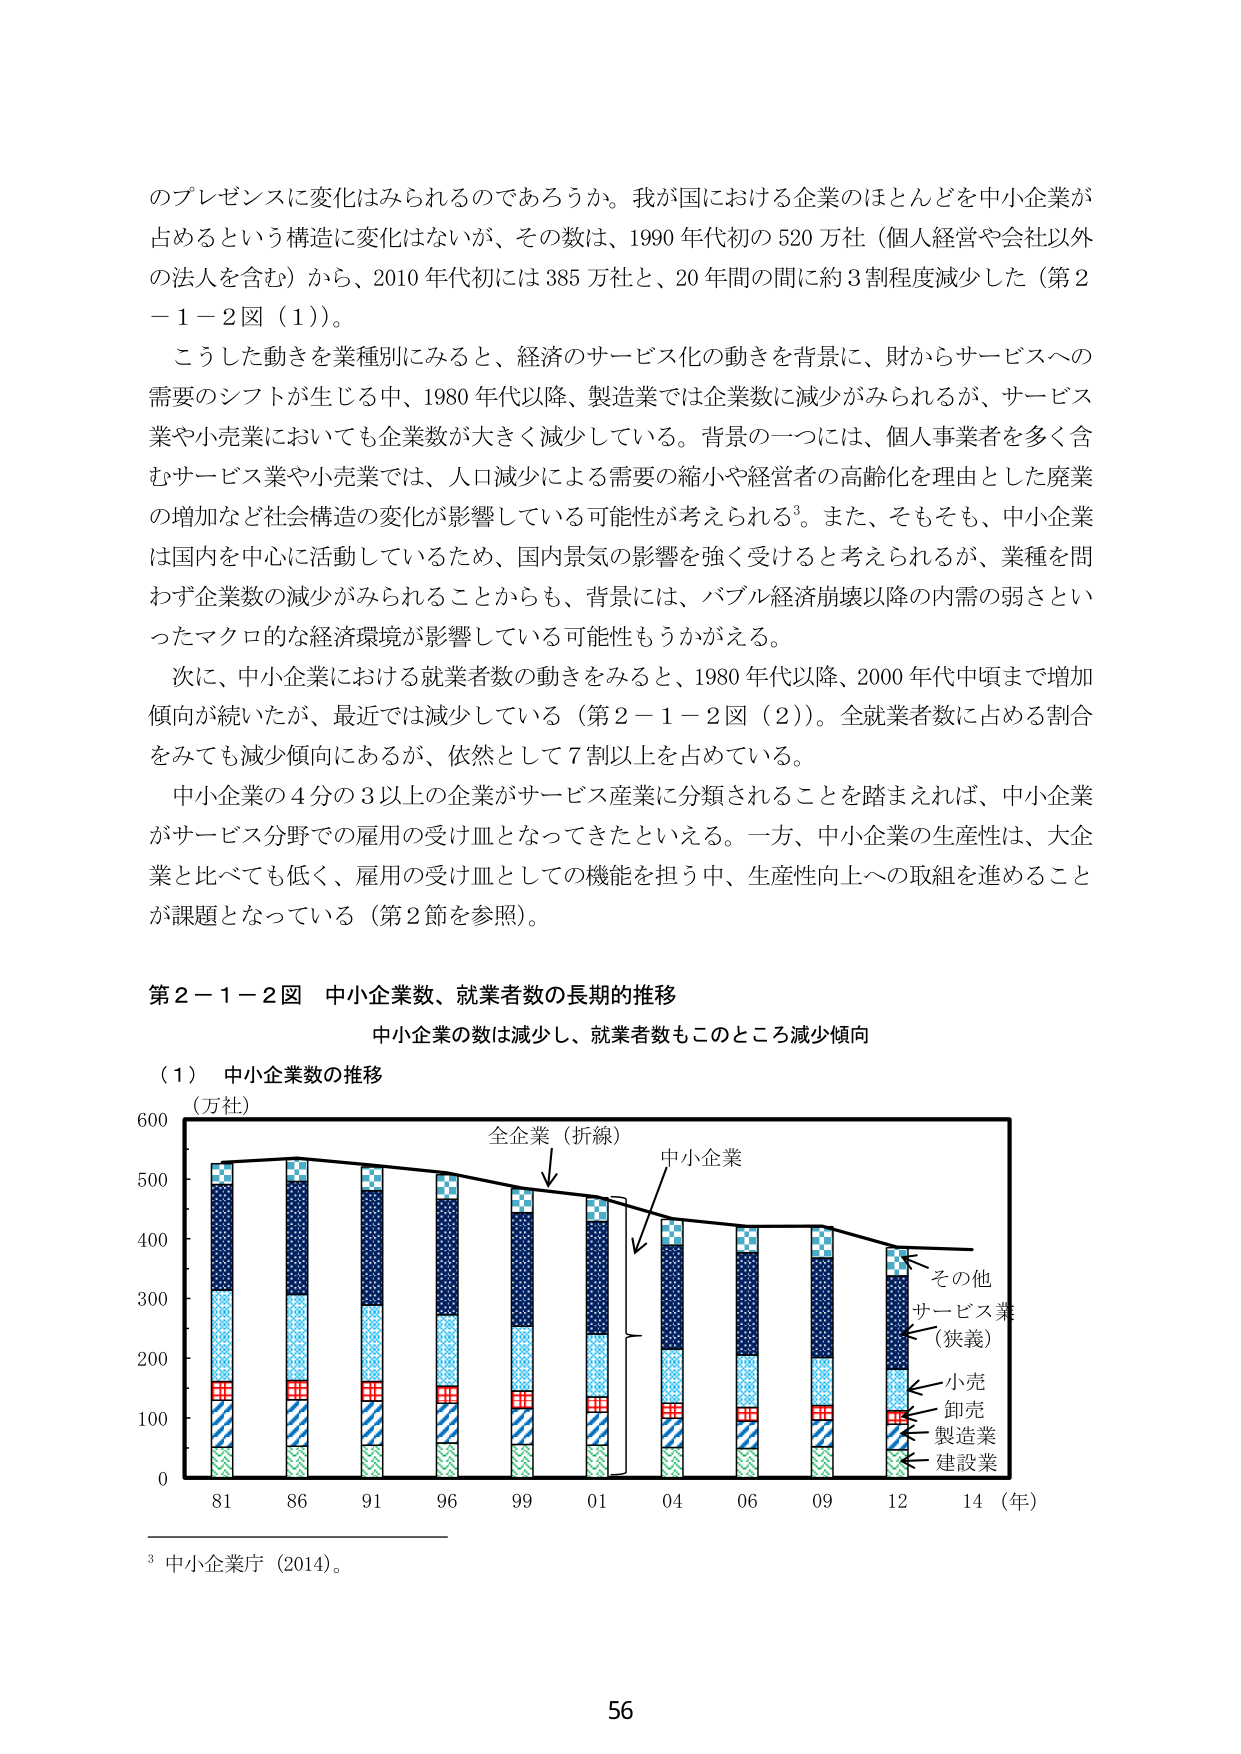
のプレゼンスに変化はみられるのであろうか。我が国における企業のほとんどを中小企業が占めるという構造に変化はないが、その数は、1990年代初の520万社（個人経営や会社以外の法人を含む）から、2010年代初には385万社と、20年間の間に約3割程度減少した（第2－1－2図（1））。

こうした動きを業種別にみると、経済のサービス化の動きを背景に、財からサービスへの需要のシフトが生じる中、1980年代以降、製造業では企業数に減少がみられるが、サービス業や小売業においても企業数が大きく減少している。背景の一つには、個人事業者を多く含むサービス業や小売業では、人口減少による需要の縮小や経営者の高齢化を理由とした廃業の増加など社会構造の変化が影響している可能性が考えられる³。また、そもそも、中小企業は国内を中心に活動しているため、国内景気の影響を強く受けると考えられるが、業種を問わず企業数の減少がみられることからも、背景には、バブル経済崩壊以降の内需の弱さといったマクロ的な経済環境が影響している可能性もうかがえる。

次に、中小企業における就業者数の動きをみると、1980年代以降、2000年代中頃まで増加傾向が続いたが、最近では減少している（第2－1－2図（2））。全就業者数に占める割合をみても減少傾向にあるが、依然として7割以上を占めている。

中小企業の4分の3以上の企業がサービス産業に分類されることを踏まえれば、中小企業がサービス分野での雇用の受け皿となってきたといえる。一方、中小企業の生産性は、大企業と比べても低く、雇用の受け皿としての機能を担う中、生産性向上への取組を進めることが課題となっている（第2節を参照）。

第2－1－2図 中小企業数、就業者数の長期的推移
中小企業の数は減少し、就業者数もこのところ減少傾向

（1）中小企業数の推移
（万社）
全企業（折線）
中小企業
その他
サービス業（狭義）
小売
卸売
製造業
建設業
81 86 91 96 99 01 04 06 09 12 14（年）

³ 中小企業庁（2014）。

56